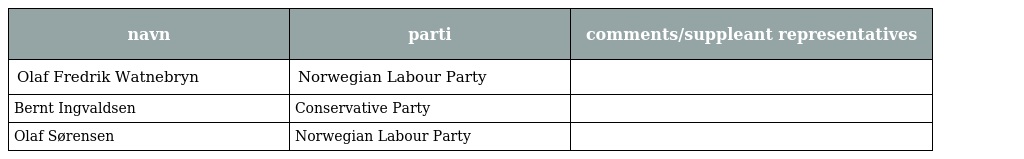
| navn | parti | comments/suppleant representatives |
 | --- | --- | --- |
 | Olaf Fredrik Watnebryn | Norwegian Labour Party |  |
 | Bernt Ingvaldsen | Conservative Party |  |
 | Olaf Sørensen | Norwegian Labour Party |  |